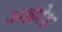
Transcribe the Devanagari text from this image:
अक्रोश